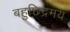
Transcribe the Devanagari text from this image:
बहुछिद्रमय